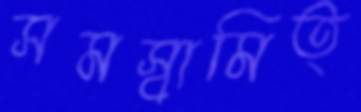
সমস্বামিত্